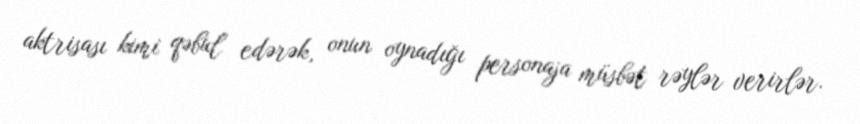
aktrisası kimi qəbul edərək, onun oynadığı personaja müsbət rəylər verirlər.